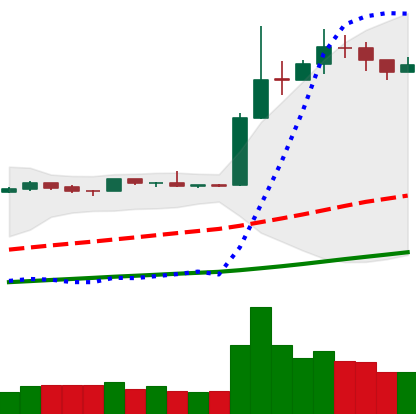
Ticker: LTC-USD
Chart end date: 2019-04-10
Forward return: -10.549%
Label: down_7plus